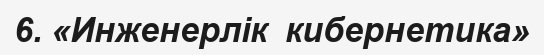
6. «Инженерлік  кибернетика»